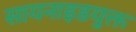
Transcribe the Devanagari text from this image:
सायनाइडयुक्त